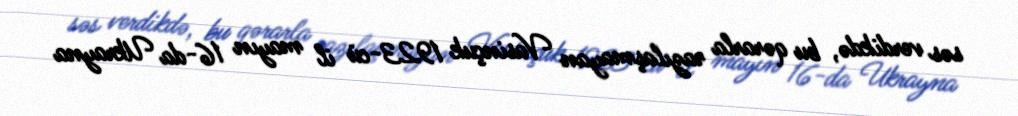
səs verdikdə, bu qərarla razılaşmayan Vasinçuk 1923-cü il mayın 16-da Ukrayna